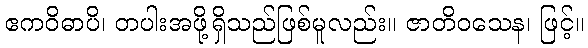
ဧကဝိဓာပိ၊ တပါးအဖို့ရှိသည်ဖြစ်မူလည်း။ ဇာတိဝသေန၊ ဖြင့်။